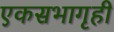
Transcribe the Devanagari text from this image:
एकसभागृही